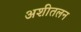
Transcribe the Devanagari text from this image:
अशीतलन